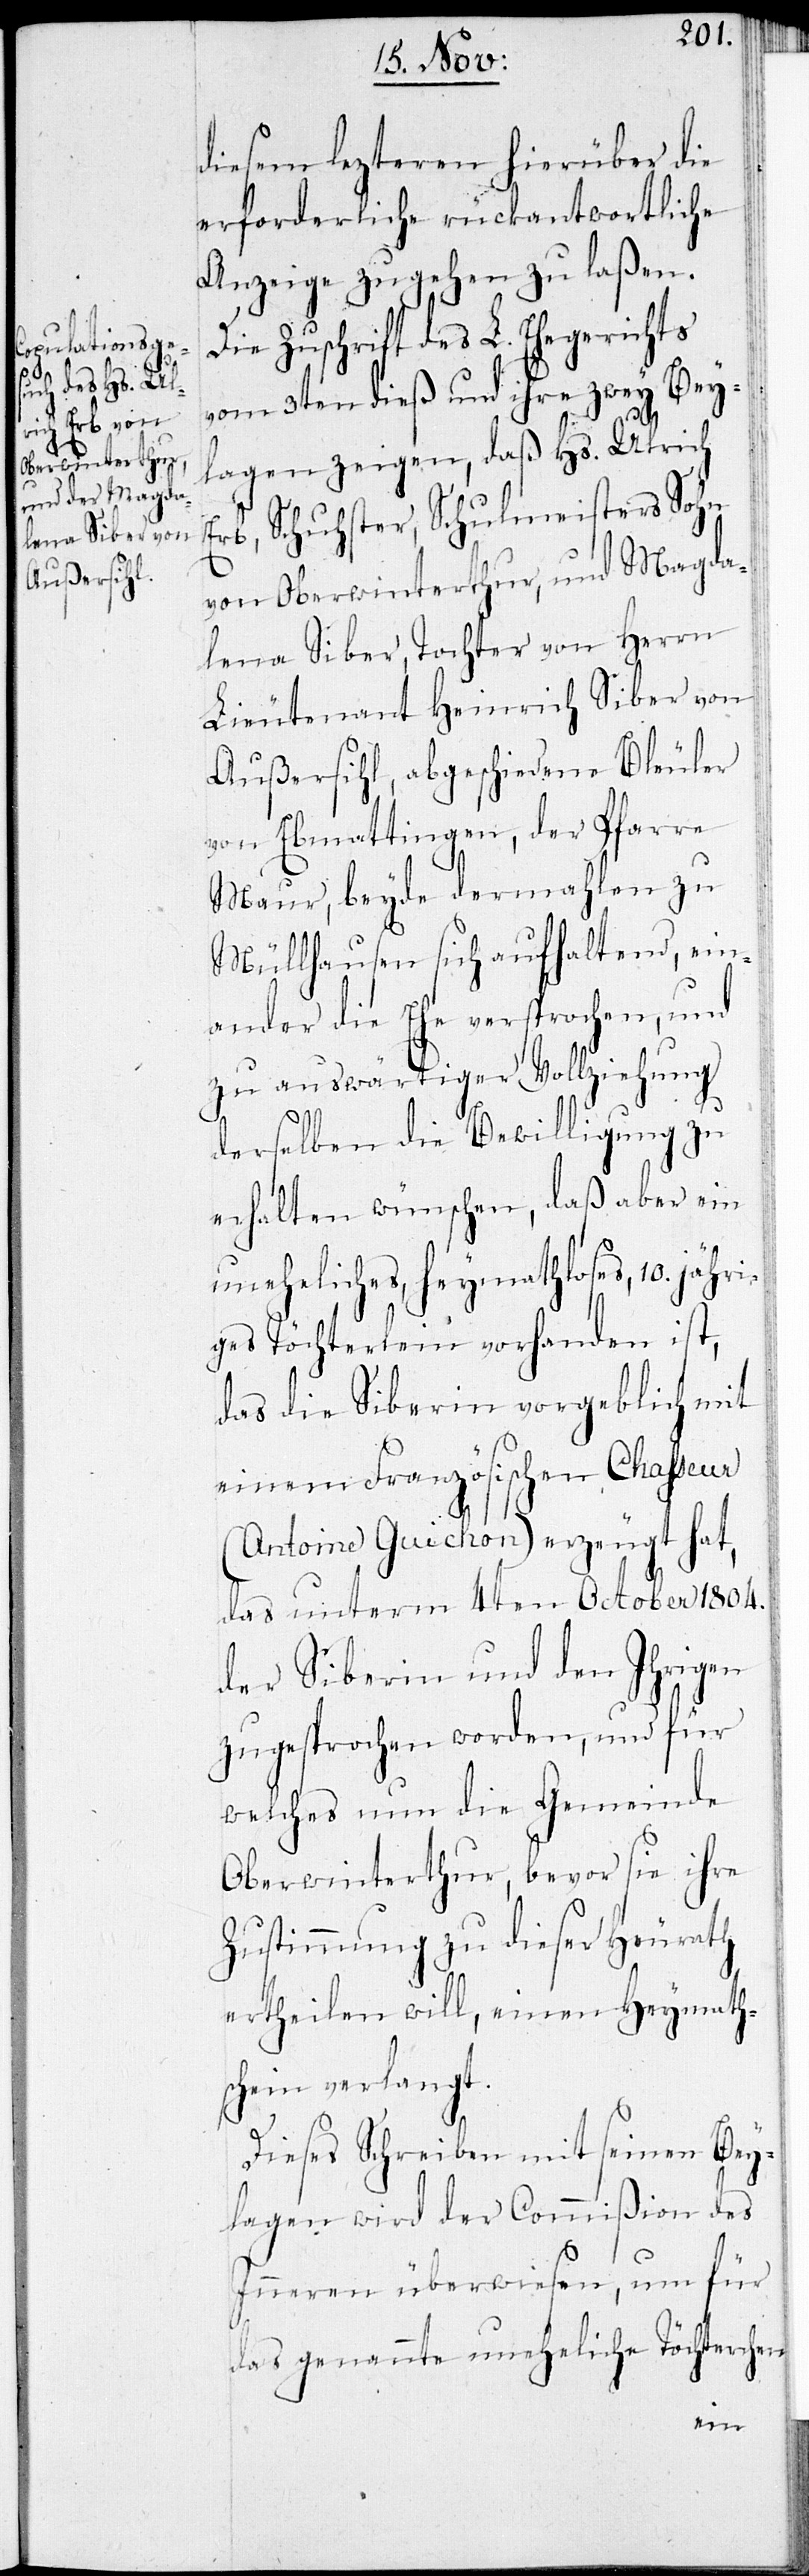
diesem lezteren hierüber die
erforderliche rückantwortliche
Anzeige zugehen zu laßen.
Die Zuschrift des L. Ehegerichts
vom 3ten dieß und ihre zwey Bey¬
lagen zeigen, daß Hs. Ulrich
Erb, Schuhster, Schulmeisters Sohn
von Oberwinterthur, und Magda¬
lena Siber, Tochter von Herrn
Lieutenant Heinrich Siber von
Außersihl, abgeschiedene Bleuler
von Ebmatingen¸ der Pfarre
Maur, beyde dermahlen zu
Müllhausen sich aufhaltend, ein¬
ander die Ehe versprochen, und
zu auswärtiger Vollziehung
derselben die Bewilligung zu
erhalten wünschen, daß aber ein
uneheliches, heymathloses, 10. jähri¬
ges Töchterlein vorhanden ist,
das die Siberin vorgeblich mit
einem Französischen Chaßeur
(Antoine Guichon) erzeugt hat,
das unterm 4ten October 1804.
der Siberin und den ihrigen
zugesprochen worden, und für
welches nun die Gemeinde
Oberwinterthur, bevor sie ihre
Zustimmung zu dieser Heurath
ertheilen will, einen Heymaths¬
chein verlangt.
Dieses Schreiben mit seinen Bey¬
lagen wird de Commißion des
Inneren überwiesen, um für
das genannte uneheliche Töchterchen